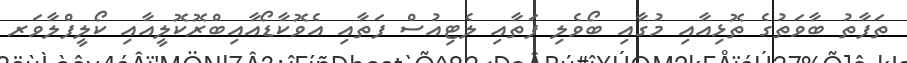
ތަފާތު ބާވަތުގެ ތޮޅިއާއި މުގާއި ބޯވެލި ފަތާއި ލެޓިއުސް ފަތާއި އެވޮކާޑޯއާއިބްރޮކޮލީއާއި ކޯލީފްލާވަރ